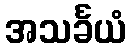
အသင်္ခယံ